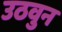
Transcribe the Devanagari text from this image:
उठवुन